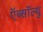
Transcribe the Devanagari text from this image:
ऍब्सॉल्यु